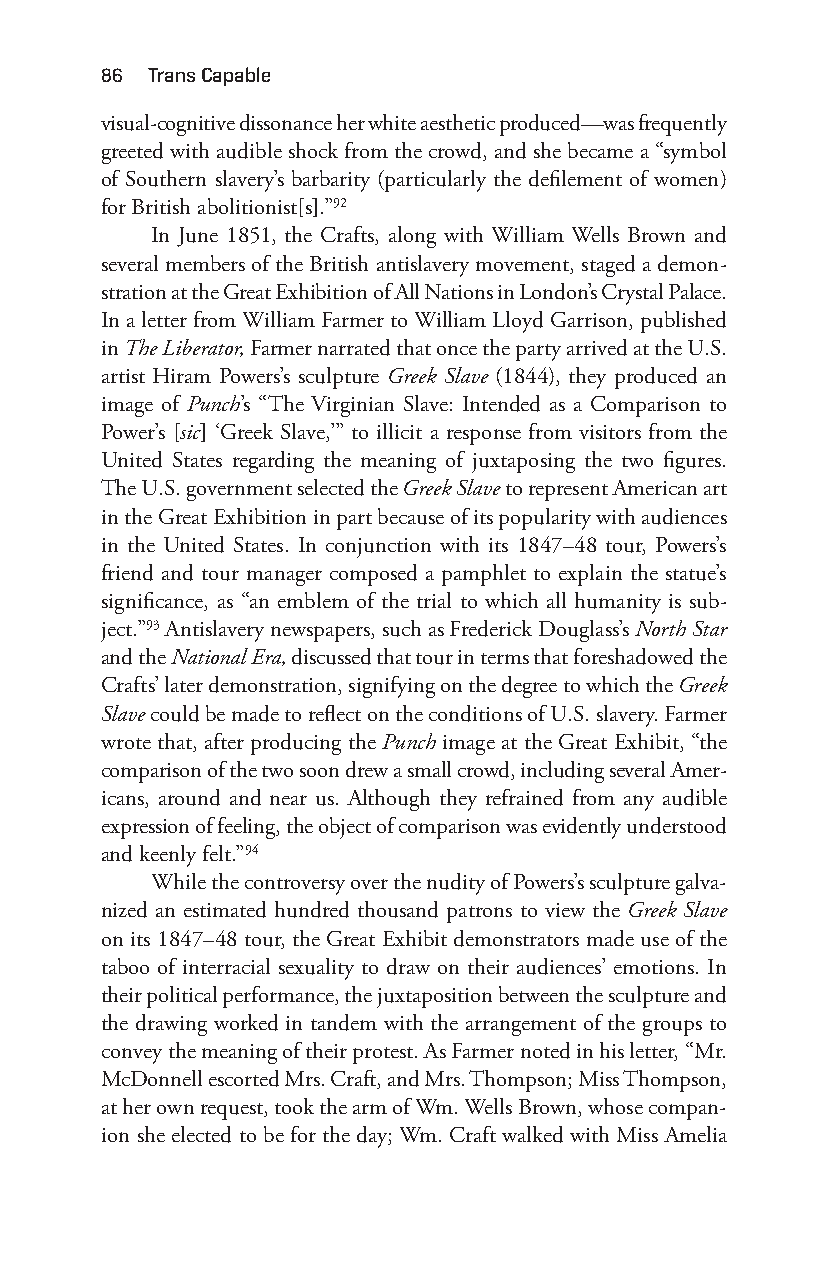
86 trans capable
 visual- cognitive dissonance her white aesthetic produced—w as frequently
 greeted with audible shock from the crowd, and she became a “symbol
 of Southern slavery’s barbarity (particularly the defilement of women)
 for British abolitionist[s].”92
 In June 1851, the Crafts, along with William Wells Brown and
 several members of the British antislavery movement, staged a demon-
 stration at the Great Exhibition of All Nations in London’s Crystal Palace.
 In a letter from William Farmer to William Lloyd Garrison, published
 in The Liberator, Farmer narrated that once the party arrived at the U.S.
 artist Hiram Powers’s sculpture Greek Slave (1844), they produced an
 image of Punch’s “The Virginian Slave: Intended as a Comparison to
 Power’s [sic] ‘Greek Slave,’” to illicit a response from visitors from the
 United States regarding the meaning of juxtaposing the two figures.
 The U.S. government selected the Greek Slave to represent American art
 in the Great Exhibition in part because of its popularity with audiences
 in the United States. In conjunction with its 1847– 48 tour, Powers’s
 friend and tour manager composed a pamphlet to explain the statue’s
 significance, as “an emblem of the trial to which all humanity is sub-
 ject.”93 Antislavery newspapers, such as Frederick Douglass’s North Star
 and the National Era, discussed that tour in terms that foreshadowed the
 Crafts’ later demonstration, signifying on the degree to which the Greek
 Slave could be made to reflect on the conditions of U.S. slavery. Farmer
 wrote that, after producing the Punch image at the Great Exhibit, “the
 comparison of the two soon drew a small crowd, including several Amer-
 icans, around and near us. Although they refrained from any audible
 expression of feeling, the object of comparison was evidently understood
 and keenly felt.”94
 While the controversy over the nudity of Powers’s sculpture galva-
 nized an estimated hundred thousand patrons to view the Greek Slave
 on its 1847– 48 tour, the Great Exhibit demonstrators made use of the
 taboo of interracial sexuality to draw on their audiences’ emotions. In
 their political performance, the juxtaposition between the sculpture and
 the drawing worked in tandem with the arrangement of the groups to
 convey the meaning of their protest. As Farmer noted in his letter, “Mr.
 McDonnell escorted Mrs. Craft, and Mrs. Thompson; Miss Thompson,
 at her own request, took the arm of Wm. Wells Brown, whose compan-
 ion she elected to be for the day; Wm. Craft walked with Miss Amelia
 Snorton.indd 86                             29/09/2017 8:41:02 AM